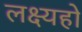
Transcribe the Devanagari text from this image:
लक्ष्यहो